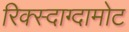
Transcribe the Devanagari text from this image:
रिक्स्दाग्दामोट